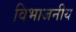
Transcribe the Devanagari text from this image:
विभाजनीय